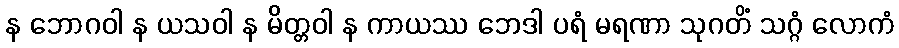
န ဘောဂဝါ န ယသဝါ န မိတ္တဝါ န ကာယဿ ဘေဒါ ပရံ မရဏာ သုဂတိံ သဂ္ဂံ လောကံ